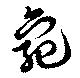
亀